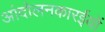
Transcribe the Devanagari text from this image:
आंदोलनकारईयों